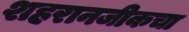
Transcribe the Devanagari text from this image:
शहरानजीकचा